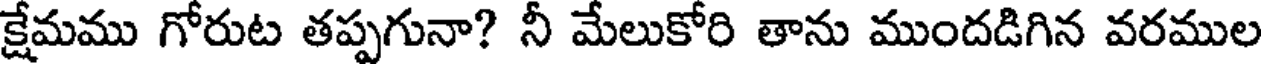
క్షేమము గోరుట తప్పగునా? నీ మేలుకోరి తాను ముందడిగిన వరముల